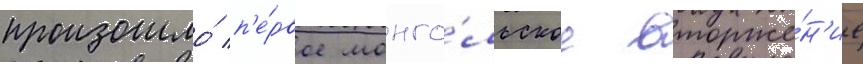
произошло́ п'е́рвое монго́льское вторже́н'ие